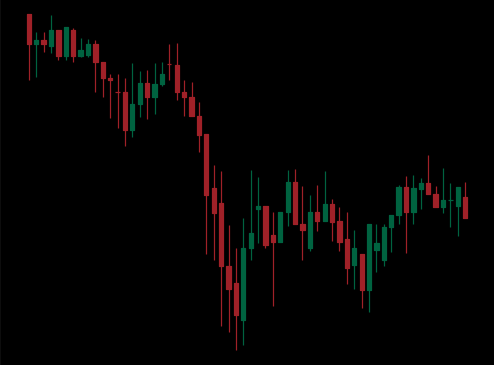
Pattern: unclassified